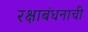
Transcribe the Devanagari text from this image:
रक्षाबंधनाची